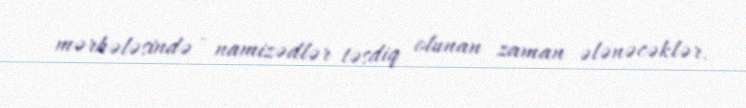
mərhələsində - namizədlər təsdiq olunan zaman ələnəcəklər.